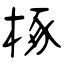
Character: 椓